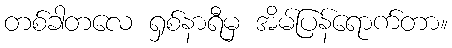
တစ်ခါတလေ ရှစ်နာရီမှ အိမ်ပြန်ရောက်တာ။